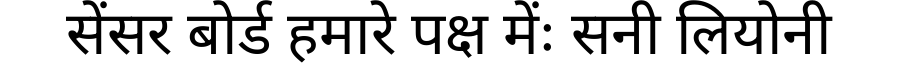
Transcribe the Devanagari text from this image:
सेंसर बोर्ड हमारे पक्ष मेंः सनी लियोनी